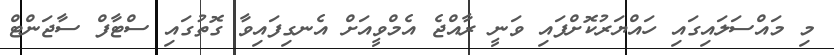
މި މައްސަލައިގައި ހައްޔަރުކޮށްފައި ވަނީ ރާއްޖެ އެމްވީއަށް އެނގިފައިވާ ގޮތުގައި ސްޓާފް ސާޖަންޓް